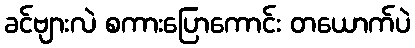
ခင်ဗျားလဲ စကားပြောကောင်း တယောက်ပဲ